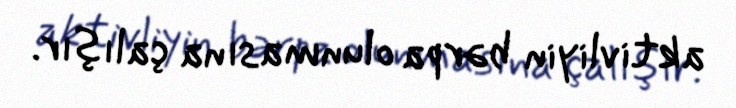
aktivliyin bərpa olunmasına çalışır.